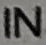
IN